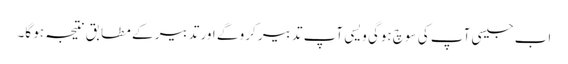
اب جیسی آپ کی سوچ ہوگی ویسی آپ تدبیر کرو گے اور تدبیر کے مطابق نتیجہ ہو گا۔